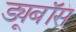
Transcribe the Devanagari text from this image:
ड्यूबॉस